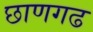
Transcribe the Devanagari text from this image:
छाणगढ